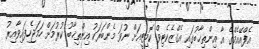
އެފްއޭއެމްގެ އާ އިންތިޚާބުގައި އެގްޒެކެޓިވް ކޮމިޓީއަށް ނުވަ މެންބަރަކު އިންތިޚާބު ކުރުމަށް ހަމަޖެހިފައިވާއިރު